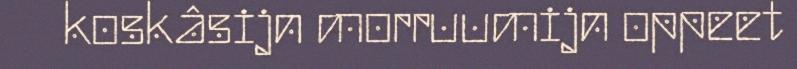
koskâsijn morruumijn oppeet